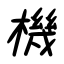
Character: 機